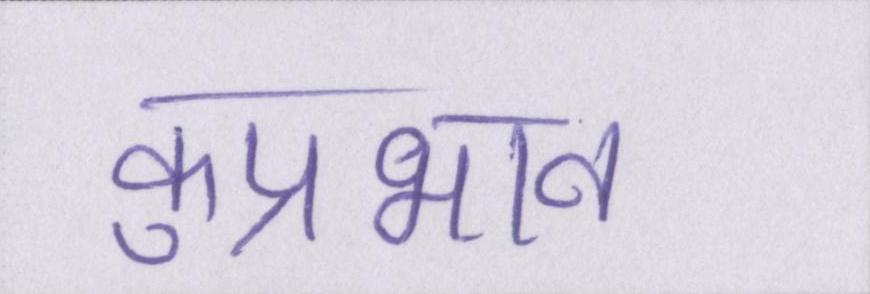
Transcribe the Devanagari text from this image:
कुप्रभाव